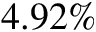
4 . 9 2 \%